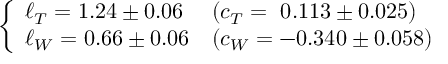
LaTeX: \left\{ \begin{array} { l l l } { { \ell _ { T } = 1 . 2 4 \pm 0 . 0 6 } } & { { ( c _ { T } = ~ 0 . 1 1 3 \pm 0 . 0 2 5 ) } } \\ { { \ell _ { W } = 0 . 6 6 \pm 0 . 0 6 } } & { { ( c _ { W } = - 0 . 3 4 0 \pm 0 . 0 5 8 ) } } \end{array} \right.